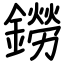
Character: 鐒